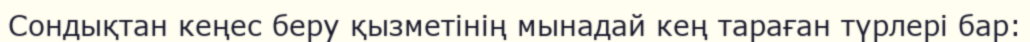
Сондықтан кеңес беру қызметінің мынадай кең тараған түрлері бар: